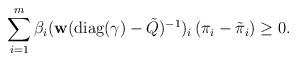
LaTeX: \begin{align*}\sum_{i=1}^{m} \beta_{i} ({\bf w} (\mbox{diag}(\gamma) - \tilde{Q} )^{-1})_{i} \left(\pi_{i} - \tilde{\pi}_{i} \right) \geq 0. \end{align*}